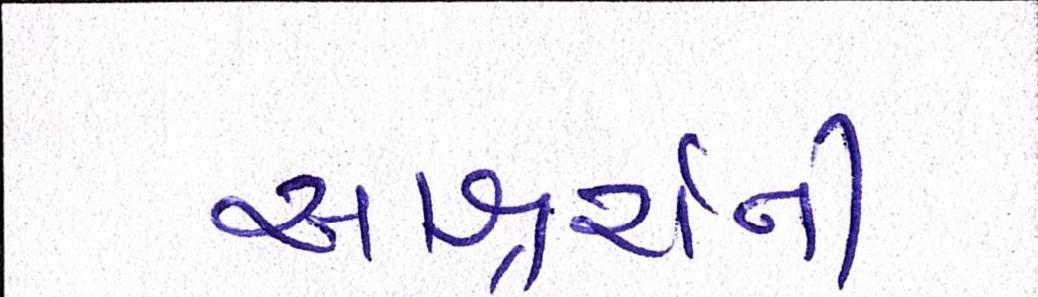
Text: આશ્ચર્ચની